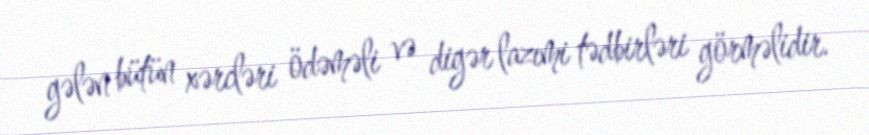
gələn bütün xərcləri ödəməli və digər lazımi tədbirləri görməlidir.